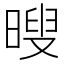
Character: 𮲦